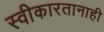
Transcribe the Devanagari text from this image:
स्वीकारतानाही